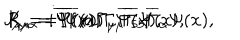
J _ { \mu } = i \overline { { { \Psi } } } ( x ) \Gamma _ { \mu } \Psi ( x ) , \hspace { 0 . 3 i n } K _ { \mu } = \overline { { { \Psi } } } ( x ) \Gamma _ { \mu } \overline { { { \Gamma } } } _ { 5 } \Psi ( x ) , \hspace { 0 . 3 i n } R _ { \mu \alpha } = \overline { { { \Psi } } } ( x ) \Gamma _ { \mu } \overline { { { \Gamma } } } _ { 5 } \overline { { { \Gamma } } } _ { \alpha } \Psi ( x ) ,